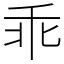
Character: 乖